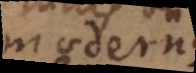
modernes